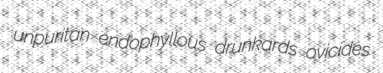
unpuritan endophyllous drunkards ovicides